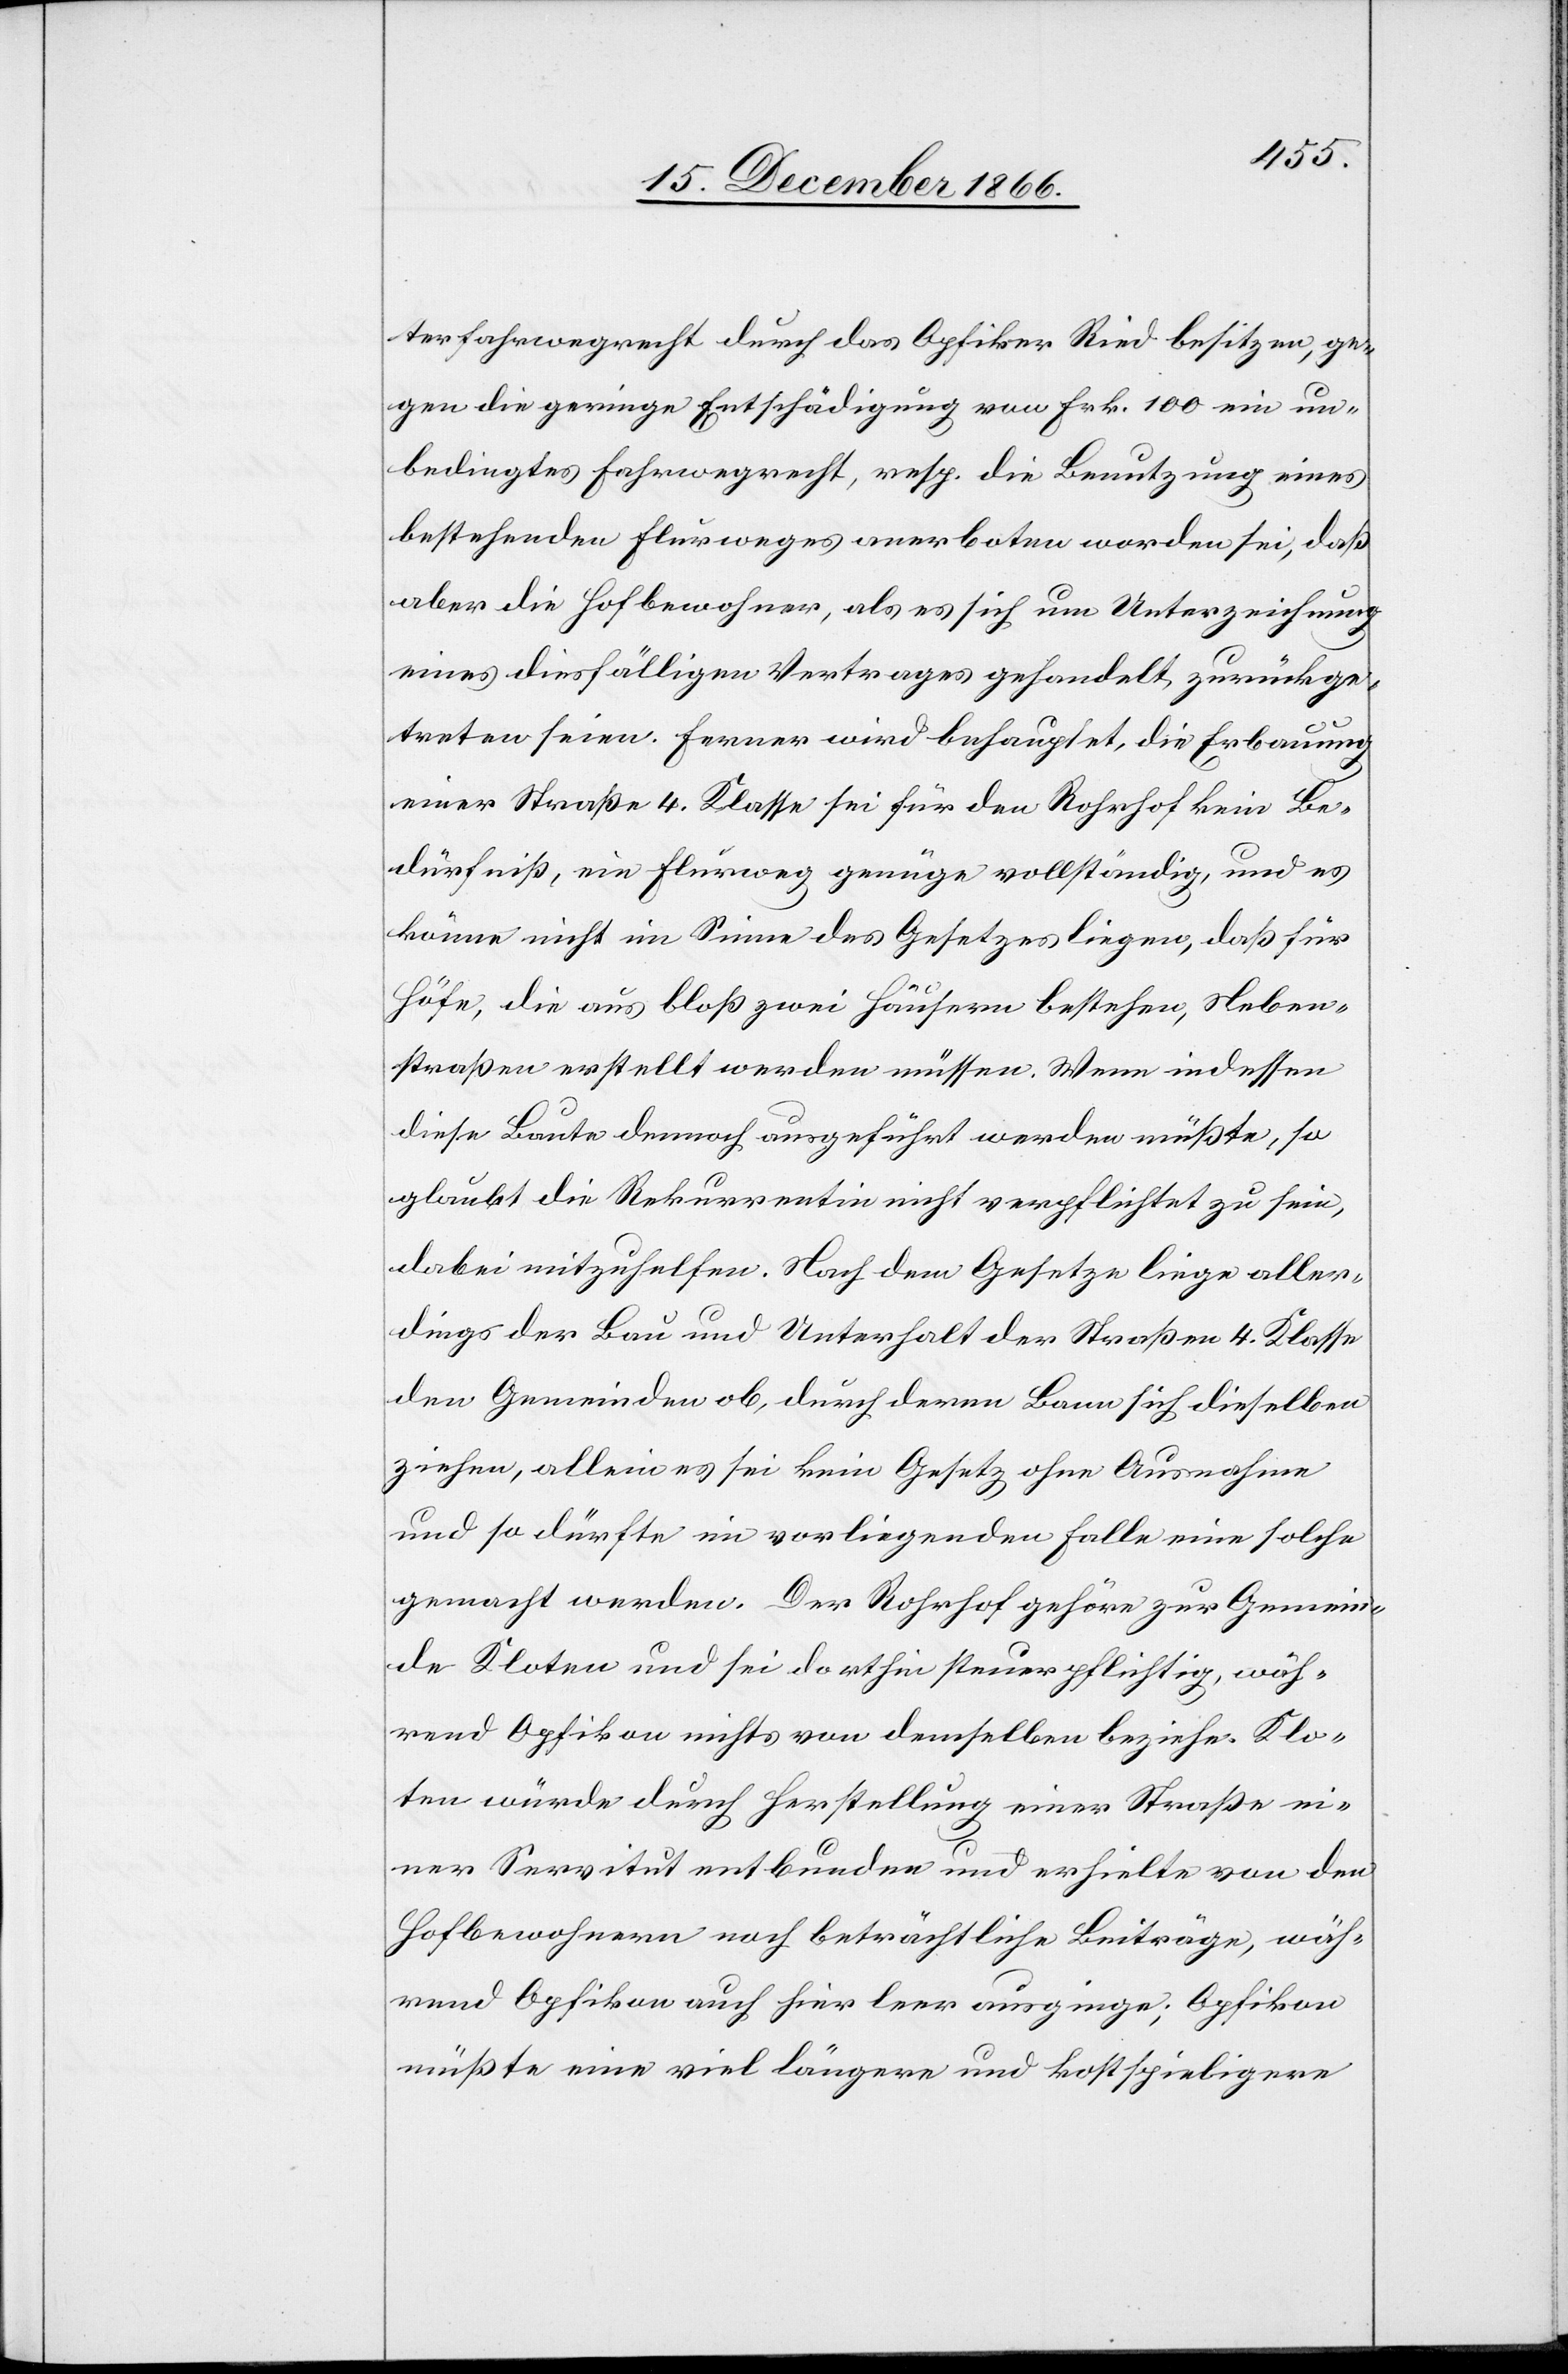
terfahrwegrecht durch das Opfiker Ried besitzen, ge¬
gen die geringe Entschädigung von Frk. 100 ein un¬
bedingtes Fahrwegrecht, resp. die Benutzung eines
bestehenden Flurweges anerboten worden sei, daß
aber die Hofbewohner, als es sich um Unterzeichnung
eines diesfälligen Vertrages gehandelt, zurückge¬
treten seien. Ferner wird behauptet, die Erbauung
einer Straße 4. Klasse sei für den Rohrhof kein Be¬
dürfniß, ein Flurweg genüge vollständig, und es
könne nicht im Sinne des Gesetzes liegen, daß für
Höfe, die aus bloß zwei Häusern bestehen, Neben¬
straßen erstellt werden müssen. Wenn indessen
diese Baute dennoch ausgeführt werden müßte, so
glaubt die Rekurrentin nicht verpflichtet zu sein,
dabei mitzuhelfen. Nach dem Gesetze liege aller¬
dings der Bau und Unterhalt der Straßen 4. Klasse
den Gemeinden ob, durch deren Bann sich dieselben
ziehen, allein es sei kein Gesetz ohne Ausnahme
und so dürfte im vorliegenden Falle eine solche
gemacht werden. Der Rohrhof gehöre zur Gemein¬
de Kloten und sei dorthin steuerpflichtig, wäh¬
rend Opfikon nichts von demselben beziehe. Klo¬
ten würde durch Herstellung einer Straße ei¬
ner Servitut entbunden und erhielte von den
Hofbewohnern noch beträchtliche Beiträge, wäh¬
rend Opfikon auch hier leer ausginge; Opfikon
müßte eine viel längere und kostspieligere